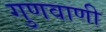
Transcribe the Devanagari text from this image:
गुणवाणी